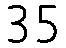
35